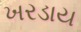
ખરડાય